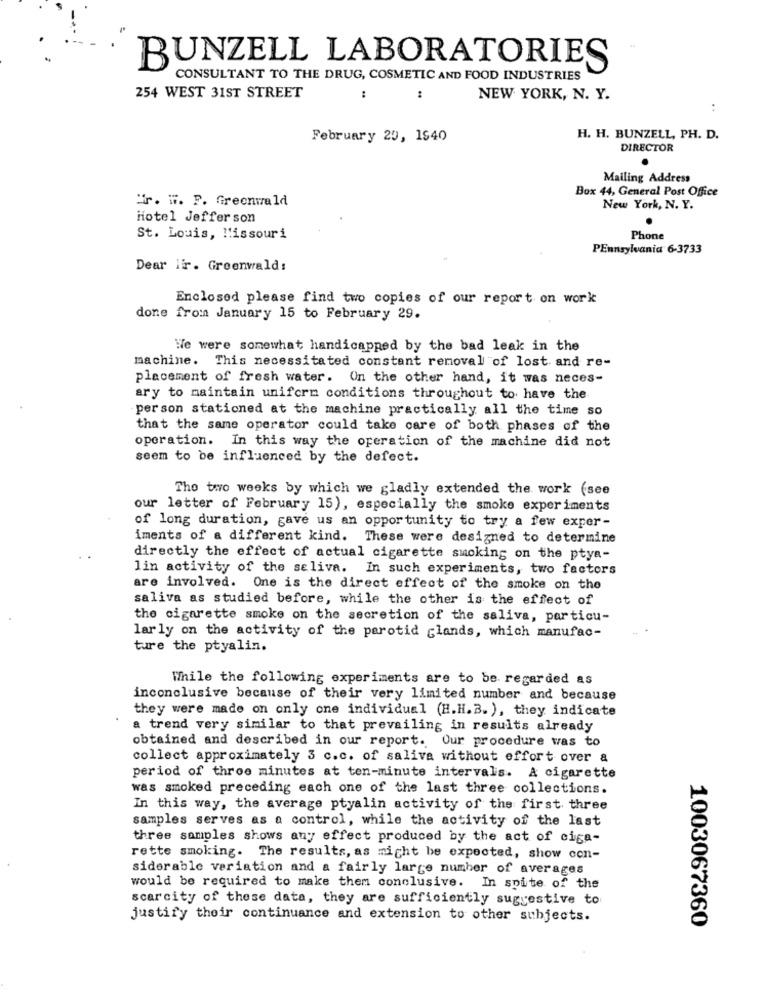
BUNZELL LABORATORIES
CONSULTANT TO THE DRUG, COSMETIC AND FOOD INDUSTRIES
254 WEST 31ST STREET
:
:
NEW YORK, N. Y.
:
February 20, 1940
H. H. BUNZELL, PH. D.
DIRECTOR
Mailing Address
Box 44, General Post Office
"r. W. F. Greenwald
New York, N. Y.
Hotel Jefferson
St. Louis, Missouri
Phone
PEnnsylvania 6-3733
Dear ii. Greenwald:
Enclosed please find two copies of our report on work
done from January 15 to February 29.
We were somewhat handicapped by the bad leak in the
machine. This necessitated constant removal of lost and re-
placement of fresh water. On the other hand, it was neces-
ary to maintain uniform conditions throughout to have the
per son stationed at the machine practically all the time so
that the same operator could take care of both phases of the
operation. In this way the operation of the machine did not
seem to be influenced by the defect.
The two weeks by which we gladly extended the work (see
our letter of February 15), especially the smoke experiments
of long duration, gave us an opportunity to try a few exper-
iments of a different kind. These were designed to determine
directly the effect of actual cigarette smoking on the ptya-
lin activity of the seliva. In such experiments, two factors
are involved. One is the direct effect of the smoke on the
saliva as studied before, while the other is the effect of
the cigarette smoke on the secretion of the saliva, particu-
lar ly on the activity of the parotid glands, which manufac-
ture the ptyalin.
While the following experiments are to be regarded as
inconclusive because of their very limited number and because
they were made on only one individual (H.H.B. ), they indicate
a trend very similar to that prevailing in results already
obtained and described in our report. Our procedure was to
collect approximately 3 c.c. of saliva without effort over a
period of throe minutes at ten-minute intervals. A cigarette
was smoked preceding each one of the last three collections.
In this way, the average ptyalin activity of the first three
samples serves as a control, while the activity of the last
three samples shows any effect produced by the act of ciga-
rette smoking. The results, as might be expected, show con-
siderable variation and a fairly large number of averages
would be required to make them conclusive. In spite of the
scarcity of these data, they are sufficiently suggestive to
justify their continuance and extension to other subjects.
1003067360